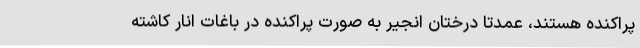
پراکنده هستند، عمدتا درختان انجیر به صورت پراکنده در باغات انار کاشته